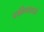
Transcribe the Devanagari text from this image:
प्रक्रियावाले